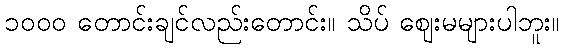
၁၀၀၀ တောင်းချင်လည်းတောင်း။ သိပ် ဈေးမများပါဘူး။